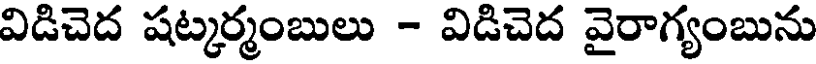
విడిచెద షట్కర్మంబులు - విడిచెద వైరాగ్యంబును